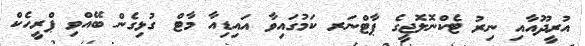
އުރީދޫއާއި ނިރު ޓެކްނޮލޮޖީގެ ޕާޓްނަރ ކަމުގައިވާ އައިޑިއާ މާޓް ގުޅިގެން ބޭއްވި ޕްރީހެކް